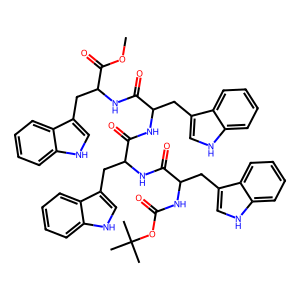
SMILES: COC(=O)C(Cc1c[nH]c2ccccc12)NC(=O)C(Cc1c[nH]c2ccccc12)NC(=O)C(Cc1c[nH]c2ccccc12)NC(=O)C(Cc1c[nH]c2ccccc12)NC(=O)OC(C)(C)C
Inhibits HIV replication: No